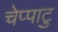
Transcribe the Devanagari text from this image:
चेप्पाटु